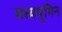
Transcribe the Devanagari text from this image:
मध्ययुगिन